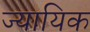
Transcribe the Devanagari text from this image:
ज्यायिक